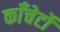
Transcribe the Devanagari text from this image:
काँचेर्टो